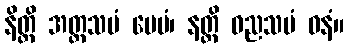
နိတ္ထိ အတ္တသမံ ပေမံ၊ နတ္ထိ ဓညသမံ ဓနံ။